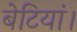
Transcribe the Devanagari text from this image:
बेटियां।